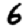
Digit: 6